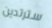
سترتدين